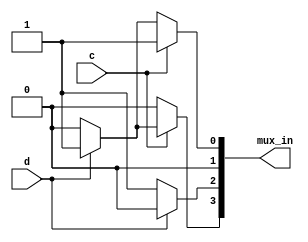
module top_module (
	input c,
	input d,
	output [3:0] mux_in
);
	
	// After knowing how to split the truth table into four columns,
	// the rest of this question involves implementing logic functions
	// using only multiplexers (no other gates).
	// I will use the conditional operator for each 2-to-1 mux: (s ? a : b)
	assign mux_in[0] = (c ? 1 : (d ? 1 : 0));	// 2 muxes: c|d
	assign mux_in[1] = 0;						// No muxes:  0
	assign mux_in[2] = d ? 0 : 1;				// 1 mux:    ~d
	assign mux_in[3] = c ? (d ? 1 : 0) : 0;		// 2 muxes: c&d
	
    // my solution
    // assign mux_in = {c&d,~d,1'b0,c|d};
endmodule